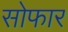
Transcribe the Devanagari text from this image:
सोफार